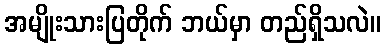
အမျိုးသားပြတိုက် ဘယ်မှာ တည်ရှိသလဲ။